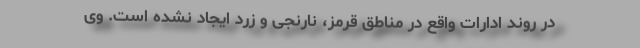
در روند ادارات واقع در مناطق قرمز، نارنجی و زرد ایجاد نشده است. وی